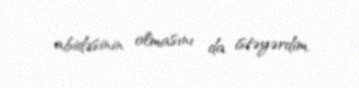
abidəsinin olmasını da istəyərdim.